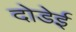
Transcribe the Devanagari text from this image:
दोडेई